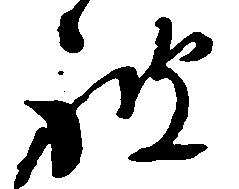
被